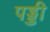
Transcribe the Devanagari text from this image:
पड्डी